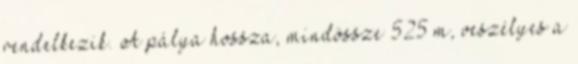
rendelkezik. A pálya hossza, mindössze 525 m, veszélyes a